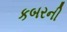
કબરની